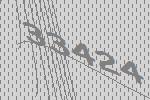
33424